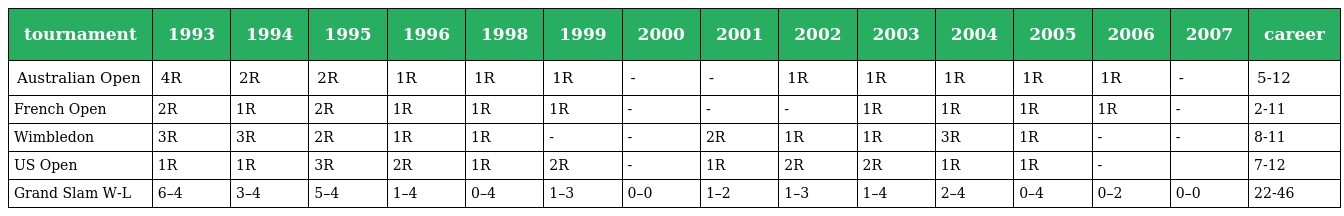
| tournament | 1993 | 1994 | 1995 | 1996 | 1998 | 1999 | 2000 | 2001 | 2002 | 2003 | 2004 | 2005 | 2006 | 2007 | career |
 | --- | --- | --- | --- | --- | --- | --- | --- | --- | --- | --- | --- | --- | --- | --- | --- |
 | Australian Open | 4R | 2R | 2R | 1R | 1R | 1R | - | - | 1R | 1R | 1R | 1R | 1R | - | 5-12 |
 | French Open | 2R | 1R | 2R | 1R | 1R | 1R | - | - | - | 1R | 1R | 1R | 1R | - | 2-11 |
 | Wimbledon | 3R | 3R | 2R | 1R | 1R | - | - | 2R | 1R | 1R | 3R | 1R | - | - | 8-11 |
 | US Open | 1R | 1R | 3R | 2R | 1R | 2R | - | 1R | 2R | 2R | 1R | 1R | - |  | 7-12 |
 | Grand Slam W-L | 6–4 | 3–4 | 5–4 | 1–4 | 0–4 | 1–3 | 0–0 | 1–2 | 1–3 | 1–4 | 2–4 | 0–4 | 0–2 | 0–0 | 22-46 |